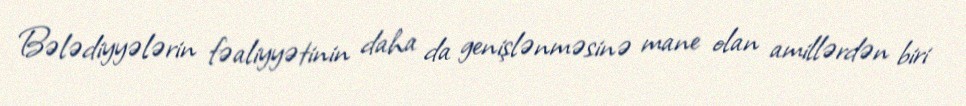
Bələdiyyələrin fəaliyyətinin daha da genişlənməsinə mane olan amillərdən biri